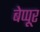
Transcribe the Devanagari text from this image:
बेप्पूर